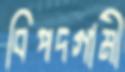
বিপদগামী